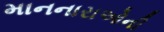
માનનારાઓની